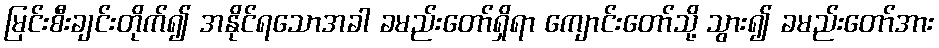
မြင်းစီးချင်းတိုက်၍ အနိုင်ရသောအခါ ခမည်းတော်ရှိရာ ကျောင်းတော်သို့ သွား၍ ခမည်းတော်အား